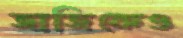
জাজিকেও